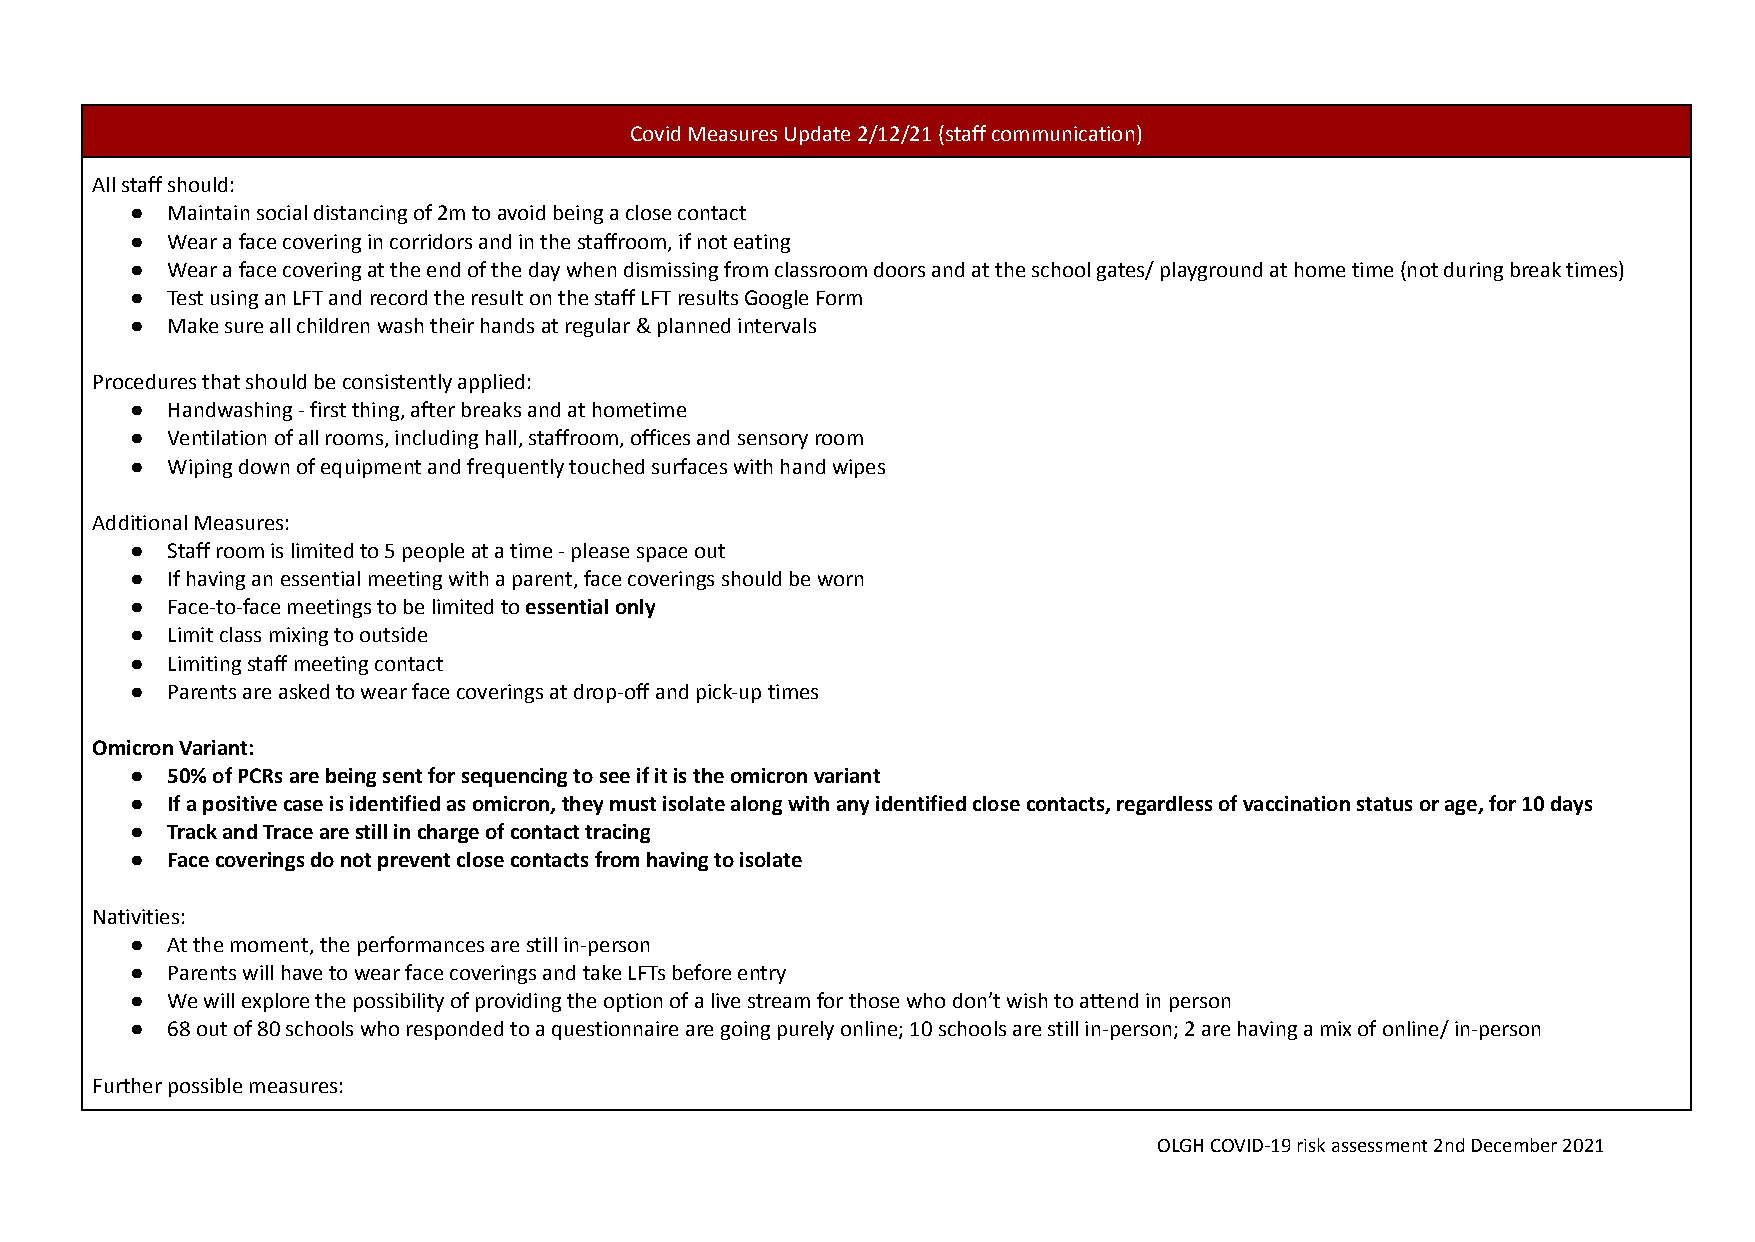
Covid Measures Update 2/12/21 (staff communication)
 All staff should:
 ● Maintain social distancing of 2m to avoid being a close contact
 ● Wear a face covering in corridors and in the staffroom, if not eating
 ● Wear a face covering at the end of the day when dismissing from classroom doors and at the school gates/ playground at home time (not during break times)
 ● Test using an LFT and record the result on the staff LFT results Google Form
 ● Make sure all children wash their hands at regular & planned intervals
 Procedures that should be consistently applied:
 ● Handwashing - first thing, after breaks and at hometime
 ● Ventilation of all rooms, including hall, staffroom, offices and sensory room
 ● Wiping down of equipment and frequently touched surfaces with hand wipes
 Additional Measures:
 ● Staff room is limited to 5 people at a time - please space out
 ● If having an essential meeting with a parent, face coverings should be worn
 ● Face-to-face meetings to be limited toessential only
 ● Limit class mixing to outside
 ● Limiting staff meeting contact
 ● Parents are asked to wear face coverings at drop-off and pick-up times
 Omicron Variant:
 ● 50% of PCRs are being sent for sequencing to see if it is the omicron variant
 ● If a positive case is identified as omicron, they must isolate along with any identified close contacts, regardless of vaccination status or age, for 10 days
 ● Track and Trace are still in charge of contact tracing
 ● Face coverings do not prevent close contacts from having to isolate
 Nativities:
 ● At the moment, the performances are still in-person
 ● Parents will have to wear face coverings and take LFTs before entry
 ● We will explore the possibility of providing the option of a live stream for those who don’t wish to attend in person
 ● 68 out of 80 schools who responded to a questionnaire are going purely online; 10 schools are still in-person; 2 are having a mix of online/ in-person
 Further possible measures:
 OLGH COVID-19 risk assessment 2nd December 2021